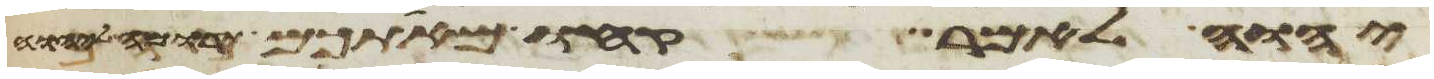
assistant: יהוה לאמר קחו מאתכם